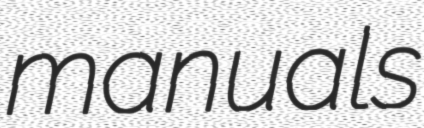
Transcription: manuals